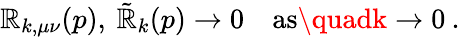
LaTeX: \mathbb{R}_{k,\mu\nu}(p),\: \tilde{{\mathbb{R}}}_{k}(p)\to0\quad\mathrm{{as}}\quadk\to0\: .